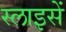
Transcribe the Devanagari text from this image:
स्लाइसें